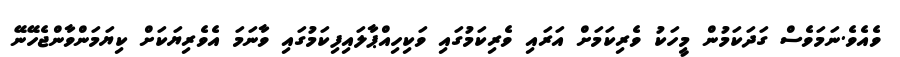
ވެއެވެ.ނަމަވެސް ގަދަކަމުން މީހަކު ވެރިކަމަށް އަރައި ވެރިކަމުގައި ވަކިހިއްޕާލައިފިކަމުގައި ވާނަމަ އެވެރިޔަކަށް ކިޔަމަންވާންޖެހޭނޭ